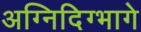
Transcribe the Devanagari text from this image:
अग्निदिग्भागे